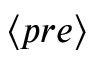
\langle p r e \rangle